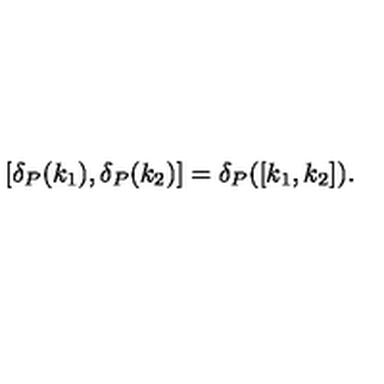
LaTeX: [ \delta _ { P } ( k _ { 1 } ) , \delta _ { P } ( k _ { 2 } ) ] = \delta _ { P } ( [ k _ { 1 } , k _ { 2 } ] ) .